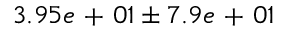
3 . 9 5 e \mathrm { ~ + ~ } 0 1 \pm 7 . 9 e \mathrm { ~ + ~ } 0 1